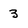
Character: 3